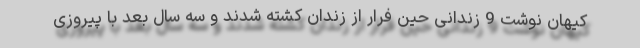
كیهان نوشت 9 زندانی حین فرار از زندان كشته شدند و سه سال بعد با پیروزی